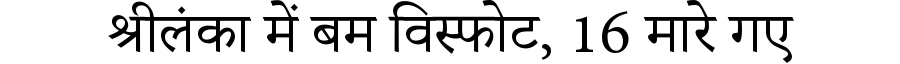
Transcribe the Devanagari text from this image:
श्रीलंका में बम विस्फोट, 16 मारे गए